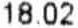
18.02